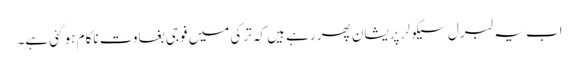
اب یہ لبرل سیکولر پریشان پھر رہے ہیں کہ ترکی میں فوجی بغاوت ناکام ہو گئی ہے۔